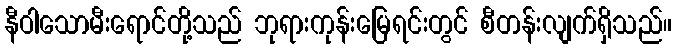
နီဝါသောမီးရောင်တို့သည် ဘုရားကုန်းမြေရင်းတွင် စီတန်းလျက်ရှိသည်။